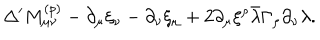
LaTeX: \Delta ^ { \prime } M _ { \mu \nu } ^ { ( p ) } - \partial _ { \mu } \xi _ { \nu } - \partial _ { \nu } \xi _ { \mu } + 2 \partial _ { \mu } \xi ^ { \rho } \bar { \lambda } \Gamma _ { \rho } \partial _ { \nu } \lambda .